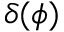
\delta ( \phi )